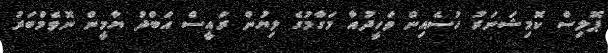
ޕޮލިސް ކޮމިޝަނަރު ހުސެއިން ވަހީދުއާ މަގާމުގެ ލިޔުން ރައީސް އަބްދު ޔާމީން ނޮވެމްބަރު